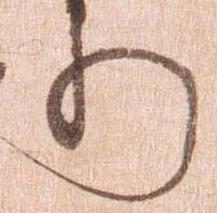
り